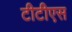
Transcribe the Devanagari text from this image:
टीटीएस